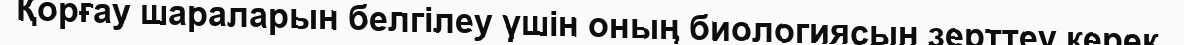
Қорғау шараларын белгілеу үшін оның биологиясын зерттеу керек.